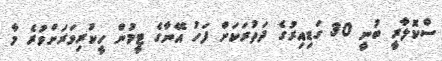
ސްކޮލާރީ ބުނީ 30 ގަޑިއިރުގެ ދަތުރަކަށް ފަހު އޭނާގެ ޓީމުން ހީކުރިވަރަށްވުރެ މާ